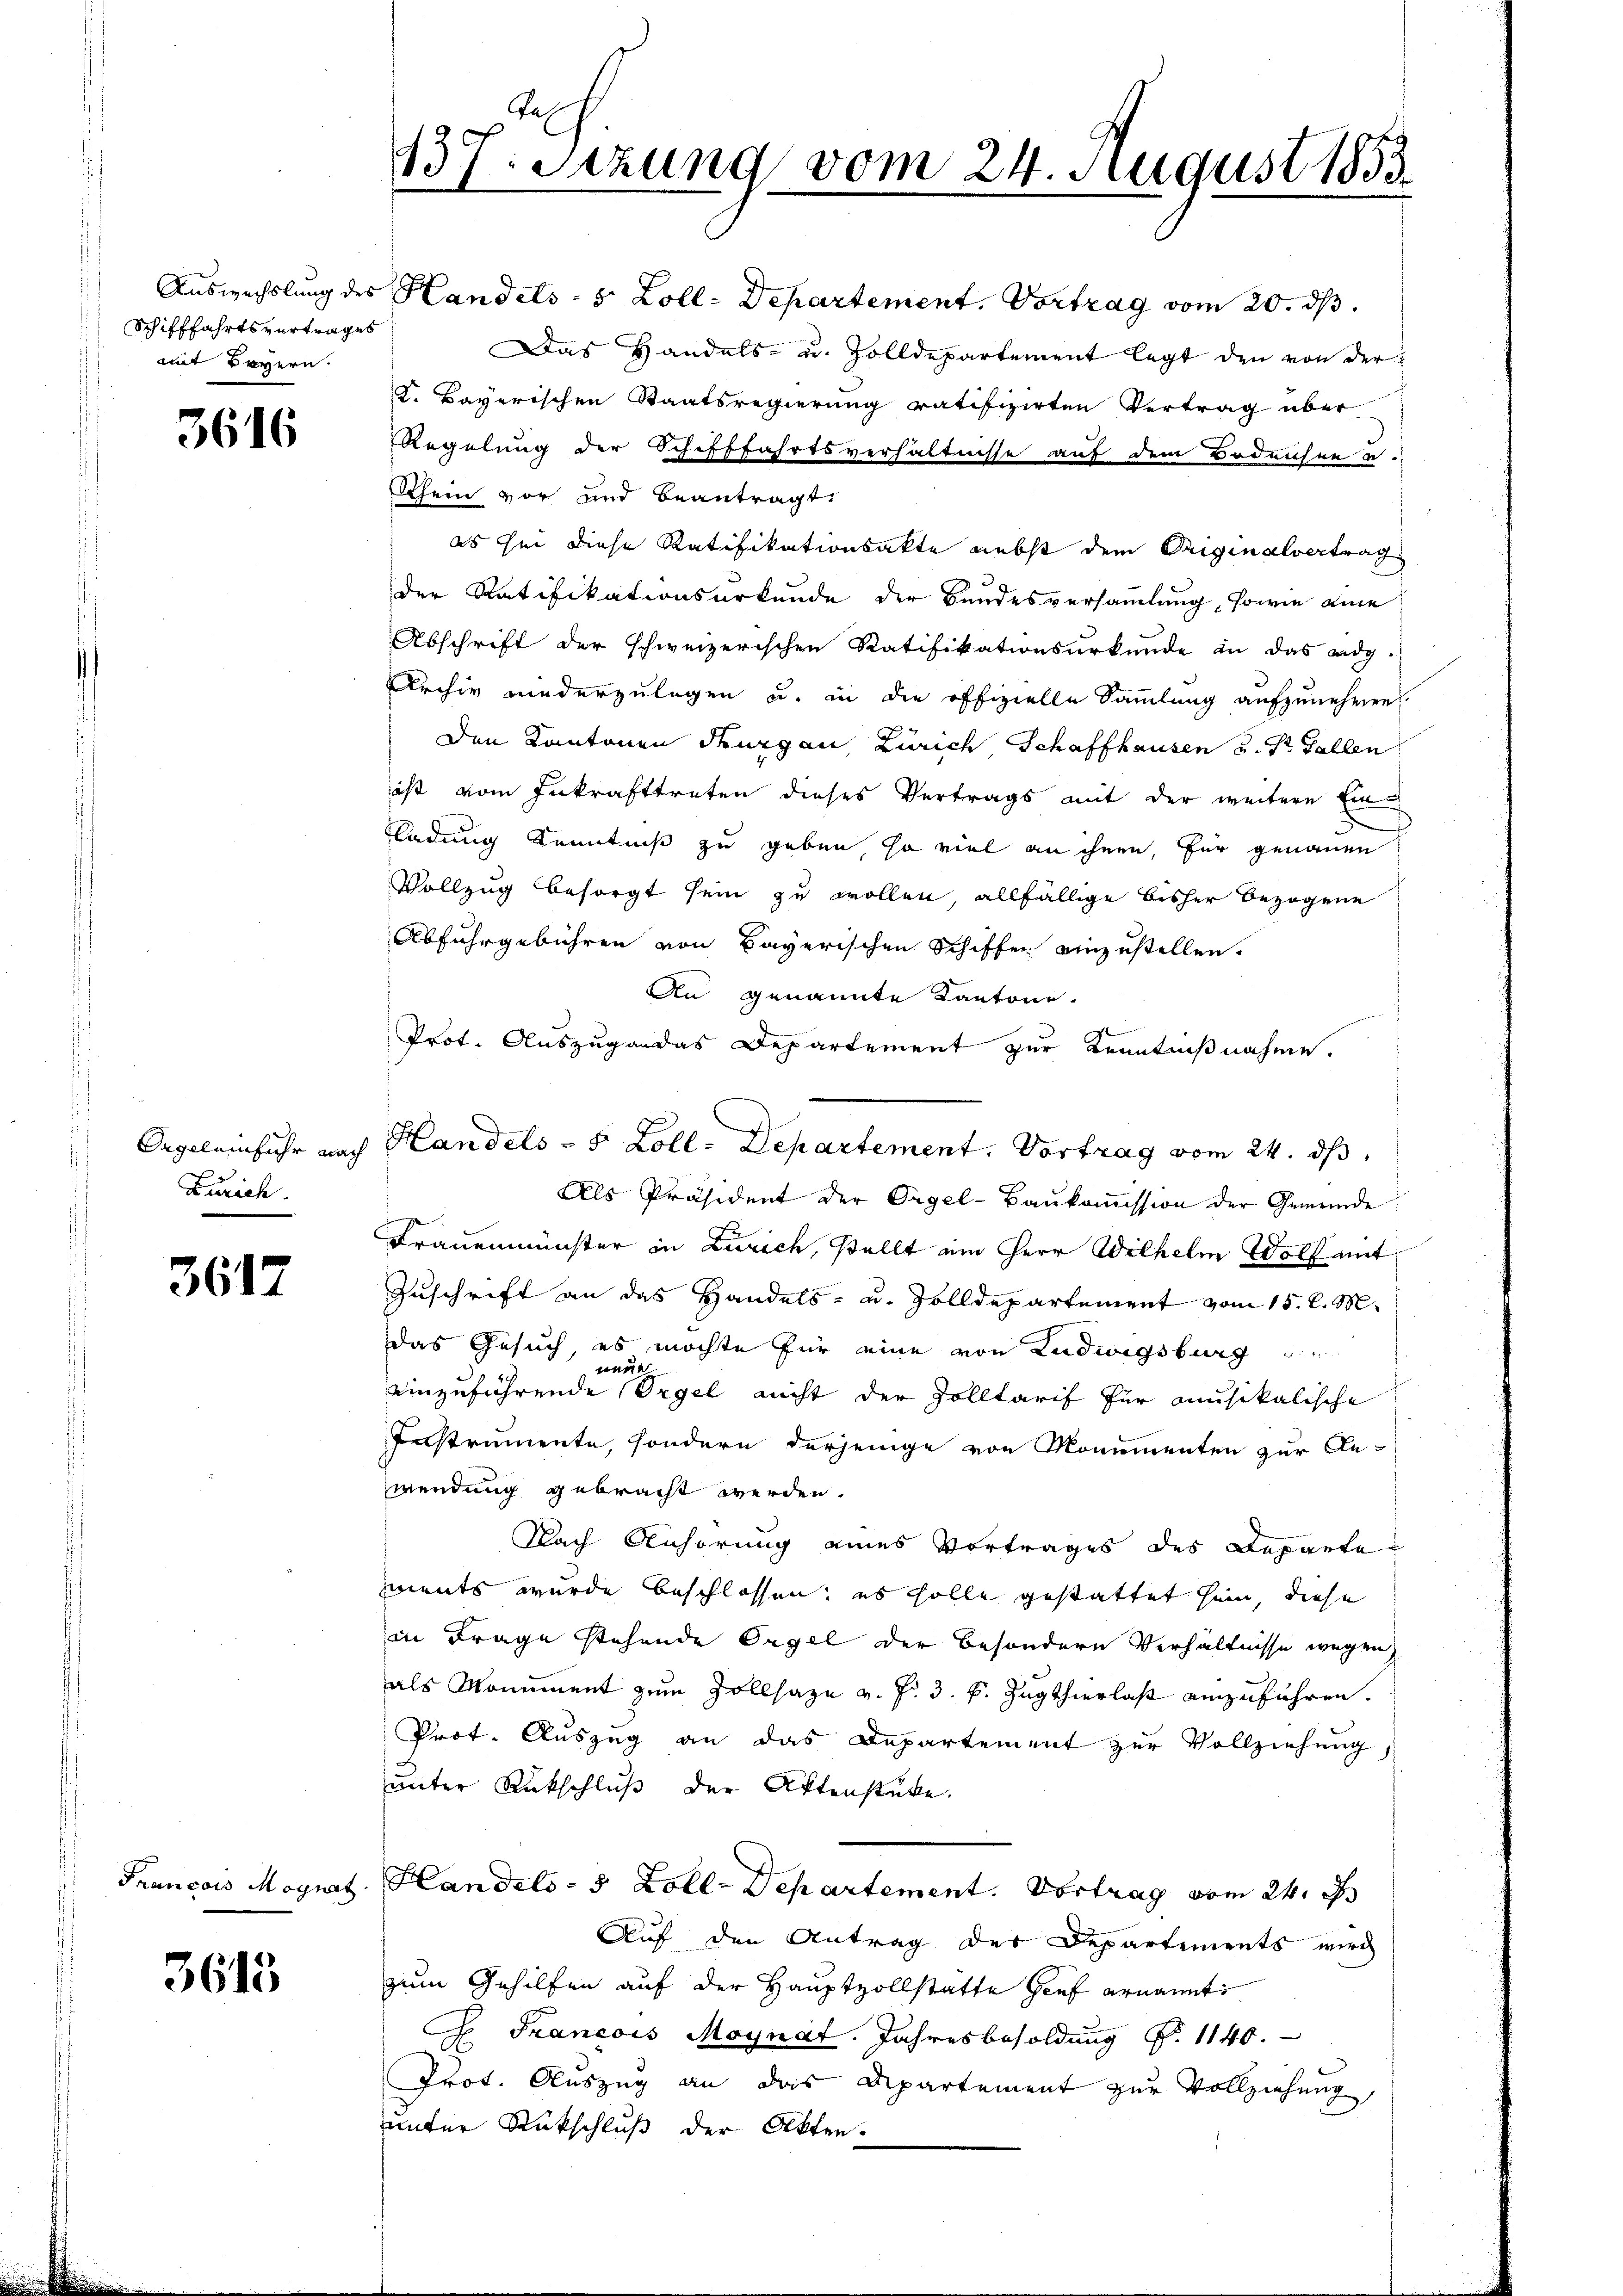
Schifffahrtsvertrages
mit Bayern.

3616

Zürich.

3617

3615

Auswechslung des Handels- 5 Zoll- Departement. Vortrag vom 20. ds.
Das Handels- u. Zolldepartement legt den von der
K. Bayerischen Staatsregierung ratifizirten Vertrag über
Regelung der Schifffahrtsverhältnisse auf dem Bedensen u
Rhein vor und beantragt.
es sei diese Ratifikationsakte nebst dem Originalvertrag
der Ratifikationsurkunde der Bundesversammlung, sowie eine
Abschrift der schweizerischen Ratifikationsurkunde an das eidg
Archiv niederzulegen u. in die offizielle Sammlung aufzunehmen.
Den Kantonen Thurgau, Zürich, Schaffhausen u. St. Gallen
ist vom Inkrafttreten dieses Vertrags mit der weitere Ein
Fladung Kenntniß zu geben, so viel an ihnen, für genauen
Vollzug besorgt sein zu wollen, allfällige bisher bezogene
Abfuhrgebühren von Bayerischen Schiffen einzustellen.
An genannte Kantone.
Prot. Auszug an das Departement zur Kenntnißnahme.
Als Präsident der Orgel-Baŭkoṁission der Gemeinde
Frauenmünster in Zürich, stellt ein Herr Wilhelm Wolf ant
Zuschrift an das Handels- u. Zolldepartement vom 15. d. M.
das Gesuch, es möchte für eine von Ludwigsburg
ener
einzuführende Orgel nicht der solltarif für onusikalische
Instrumente, sondern derjenige von Monumenten zur An-
wendung gebracht werden.
Nach Anhörung eines Vortrages des Reparte
ments wurde beschlossen; es solle gestattet sein, diese
in Frage stehende Orgel der besondern Verhältnisse wegen
als Monument zum Zollsage v. Fr. 3. k. Zugthierlast einzuführen.
Prot. Auszug an das Departement zur Vollziehung,
unter Rückschluß der Aktenstüke.
Francois Magnat. Handels- 5 Zoll-Departement. Vortrag vom 24. J
Auf den Antrag der Departements wird
zum Gehilfen auf der Hauptvollstätte hief ernannt
G
H. Francois Moynat. Jahresbesoldung N. 1140.
Prot. Auszug an das Departement zur Vollziehung,
unter Rückschluß der Akten.

Tas
137. Setzung vom 24. August 1853

Orgeleinfuhr nach Handels - 5 Zoll- Departement. Vortrag vom 24. ds.